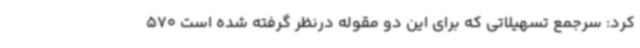
کرد: سرجمع تسهیلاتی که برای این دو مقوله درنظر گرفته شده است 570